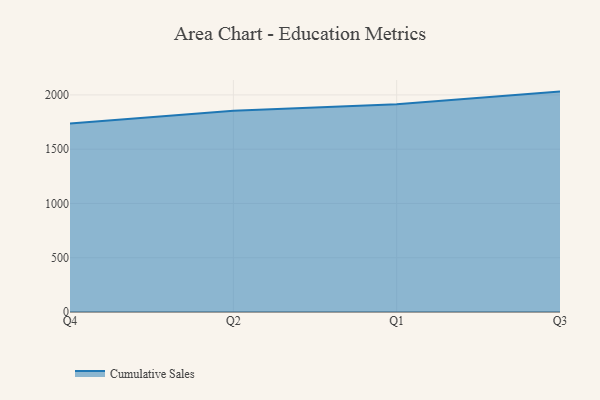
{"axis": {"x": "Quarter", "y": "Backlog"}, "legend": ["Cumulative Sales"], "data": [{"x": "Q4", "y": 1735.4, "type": "Cumulative Sales"}, {"x": "Q2", "y": 1853.0, "type": "Cumulative Sales"}, {"x": "Q1", "y": 1914.5, "type": "Cumulative Sales"}, {"x": "Q3", "y": 2030.4, "type": "Cumulative Sales"}]}